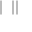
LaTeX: \bigstar | \bigstar \bigstar | |